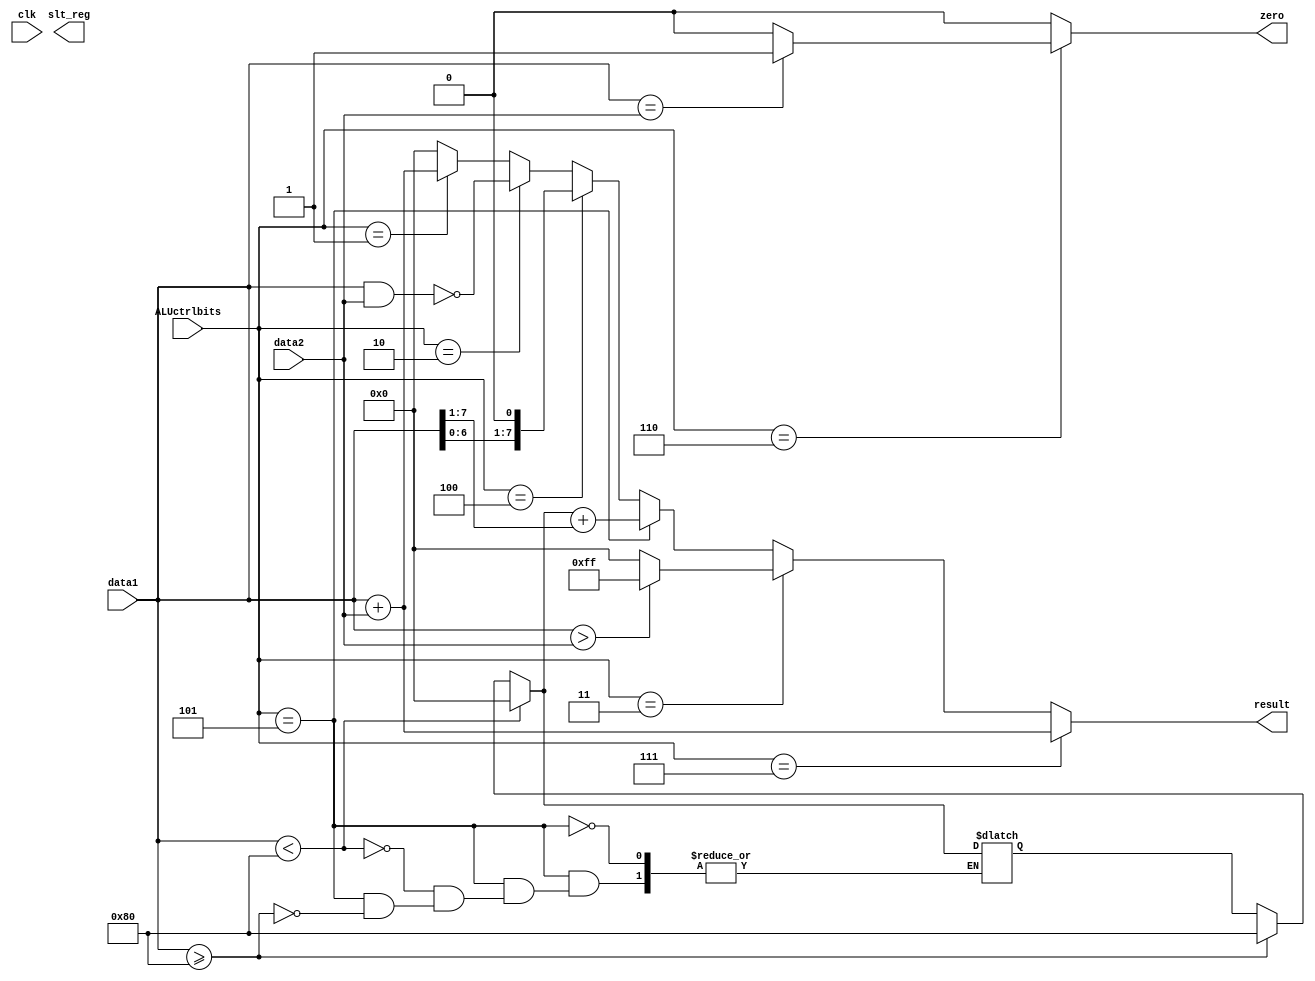
`timescale 1ns / 1ns

module ALUctrl(zero, result, slt_reg, ALUctrlbits, data1, data2,clk);

//Input Ports
	input wire [2:0] ALUctrlbits;	//ALU control unit control bits
input wire signed [7:0] data1;			
input wire signed [7:0] data2;			
input wire clk;
//input wire slt0_reg, slt1_reg;	//check slt0_reg, slt1_reg from register file

//Output Ports
output reg zero; 			//1 for jumping
output reg [7:0] result; 	
output reg slt_reg;			//feed into register file to write on slt0_reg or slt1_reg

reg [7:0] save_msb;

//Instructions
// 001: add/addi
// 010: nand
// 011: comparison
// 100: shift left
// 101: shift right
// 110: equal

initial begin
	result = 0;
	zero = 0;
	save_msb = 0;
end

always @*
	begin
		//ALU computation for R types; result
		result = 0;
		zero = 0;
		if (ALUctrlbits == 3'b001) begin	//add
			result = data1 + data2;
		end 
		if (ALUctrlbits == 3'b010) begin	//nand
			result = ~(data1 & data2);
		end
		if (ALUctrlbits == 3'b100) begin	//shift left
			result = data1 << 1;
		end 
		if (ALUctrlbits == 3'b101) begin	//shift right
			if (data1 >= 8'b10000000) begin
				save_msb = 8'b10000000;
			end if (data1 < 8'b10000000) begin
				save_msb = 8'b00000000;
			end
			result = save_msb + (data1 >> 1);
		end 
		
		//calculation for I types; zero
		if (ALUctrlbits == 3'b011) begin	//slt_0 and slt_1
			if (data1 > data2) begin
				result = 8'b11111111;
			end else begin
				result = 8'b00000000;		
			end
		end 
		if (ALUctrlbits == 3'b110) begin	//beq
			if(data1 == data2) begin
				zero = 1;
			end else begin
				zero = 0;
			end
			//$display("data1: %b data2: %b zero: %b", data1, data2, zero);
		end


		//memory address calculation
		if (ALUctrlbits == 3'b111) begin		//lw or sw
			result = data1 + data2;				//reg($sp) + imm offset = address in memory
		end
	end


endmodule